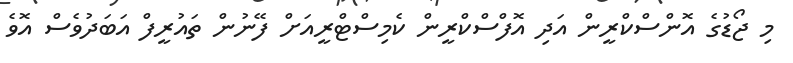
މި ޖޯޑުގެ އޮންސްކްރީން އަދި އޮފްސްކްރީން ކެމިސްޓްރީއަށް ފޭނުން ތައުރީފް އަބަދުވެސް އޮވެ